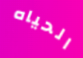
الحياه